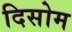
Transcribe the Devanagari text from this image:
दिसोम